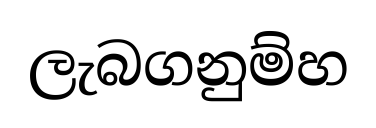
ලැබගනුම්හ